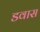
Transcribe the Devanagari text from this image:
डवास